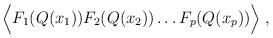
LaTeX: \begin{align*}\Big\langle F_1(Q(x_1))F_2(Q(x_2))\dots F_p(Q(x_p))\Big\rangle \;, \end{align*}